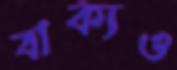
বাক্যও